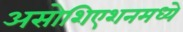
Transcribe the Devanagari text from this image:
असोशिएशनमध्ये